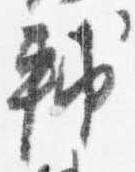
輔